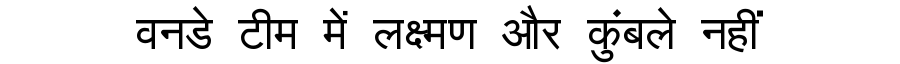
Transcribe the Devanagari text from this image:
वनडे टीम में लक्ष्मण और कुंबले नहीं